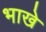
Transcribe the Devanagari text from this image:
भाखे